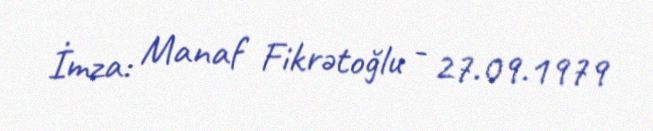
İmza: Manaf Fikrətoğlu - 27.09.1979